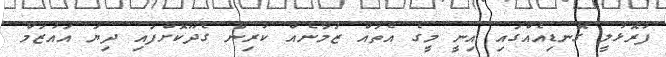
ފުރޮޅުލީ ގޮނޑިއެއްގައި އިނީ މީގެ އެތައް ޒަމާނެއް ކުރިން ގެދޫކޮށްފައި ދިޔަ އައުޒަމް